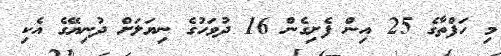
މި ހަފްތާގެ 25 އިން ފެށިގެން 16 ދުވަހުގެ ނިޔަލަށް ދުނިޔޭގެ އެކި